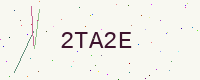
Text: 2TA2E